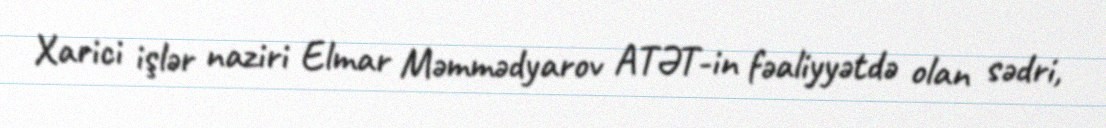
Xarici işlər naziri Elmar Məmmədyarov ATƏT-in fəaliyyətdə olan sədri,